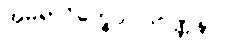
အမရာဝိက္ခေပဝါဒဝဏ္ဏနာ။